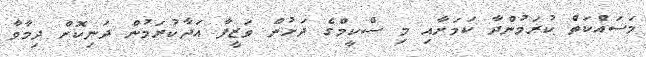
މަސައްކަތް ކުރަމުންދާ ކަމަށާއި މި ސްކީމްގެ ދަށުން ވަޒީފާ އަދާކުރަމުން ދަނިކޮށް ދިމާވާ